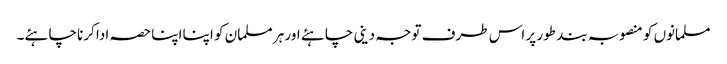
مسلمانوں کو منصوبہ بند طور پر اس طرف توجہ دینی چاہئے اور ہر مسلمان کو اپنا اپنا حصہ ادا کرنا چاہئے۔